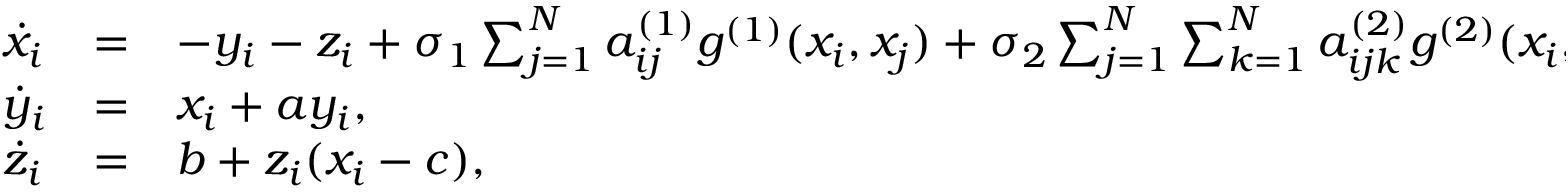
\begin{array} { l l l } { \dot { x } _ { i } } & { = } & { - y _ { i } - z _ { i } + \sigma _ { 1 } \sum _ { j = 1 } ^ { N } a _ { i j } ^ { ( 1 ) } { g } ^ { ( 1 ) } ( x _ { i } , x _ { j } ) + \sigma _ { 2 } \sum _ { j = 1 } ^ { N } \sum _ { k = 1 } ^ { N } a _ { i j k } ^ { ( 2 ) } { g } ^ { ( 2 ) } ( x _ { i } , x _ { j } , x _ { k } ) , } \\ { \dot { y } _ { i } } & { = } & { x _ { i } + a y _ { i } , } \\ { \dot { z } _ { i } } & { = } & { b + z _ { i } ( x _ { i } - c ) , } \end{array}